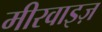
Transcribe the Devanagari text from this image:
मीरवाइज़